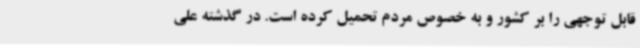
قابل توجهی را بر کشور و به خصوص مردم تحمیل کرده است. در گذشته علی